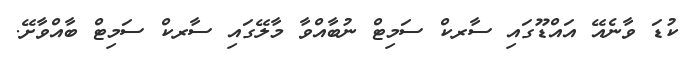
ކުޑަ ވާނެއޭ އައްޑޫގައި ސާރކް ސަމިޓް ނުބާއްވާ މާލޭގައި ސާރކް ސަމިޓް ބާއްވާށޭ.